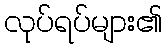
လုပ်ရပ်များ၏